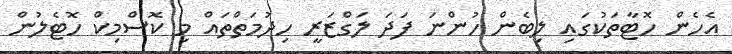
އެހެން ހޮޓާތަކުގައި ލިބެން ހުންނަ ފަދަ ލަގްޒަރީ ހިދުމަތްތައް މި ކޮސްމިކް ހޮޓެލުން